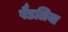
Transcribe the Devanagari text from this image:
पैडलिया